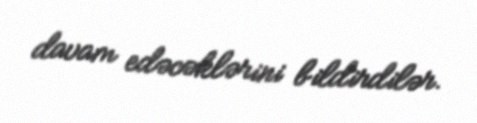
davam edəcəklərini bildirdilər.